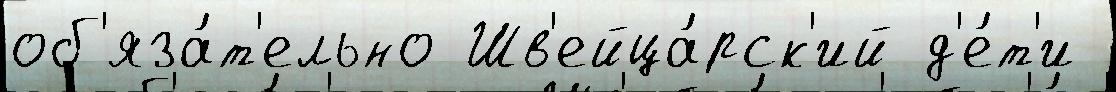
об'яза́т'ельно Шв'ейца́рск'ий д'е́т'и